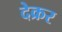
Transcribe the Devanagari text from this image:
देक्रर